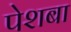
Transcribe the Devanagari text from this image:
पेशबा